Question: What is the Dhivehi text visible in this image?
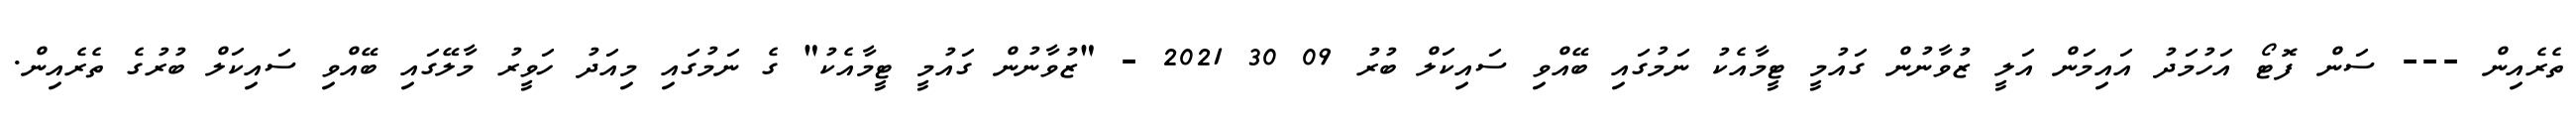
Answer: ތެރެއިން --- ސަން ފޮޓޯ އަހުމަދު އައިމަން އަލީ ޒުވާނުން ގައުމީ ޓީމާއެކު ނަމުގައި ބޭއްވި ސައިކަލް ބުރު 09 30 2021 - "ޒުވާނުން ގައުމީ ޓީމާއެކު" ގެ ނަމުގައި މިއަދު ހަވީރު މާލޭގައި ބޭއްވި ސައިކަލް ބުރުގެ ތެރެއިން.